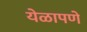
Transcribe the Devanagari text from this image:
येळापणे